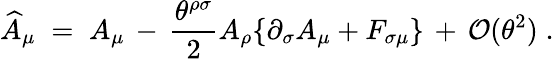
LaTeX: \widehat{A}_{\mu}\; =\; A_{\mu}\, -\, \frac{\theta^{\rho\sigma}}{2}A_{\rho}\{ \partial_{\sigma}A_{\mu}+F_{\sigma\mu}\} \, +\, {\mathcal O}(\theta^{2})\; .